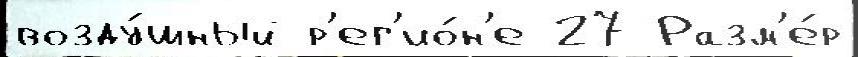
возду́шный р'ег'ио́н'е 27 Разм'е́р